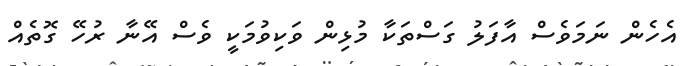
އެހެން ނަމަވެސް އާފަލު ގަސްތަކާ މުޅިން ވަކިވުމަކީ ވެސް އޭނާ ރުހޭ ގޮތެއް